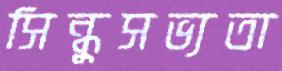
সিন্ধুসভ্যতা